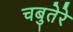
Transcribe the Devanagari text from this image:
चबुतेरे